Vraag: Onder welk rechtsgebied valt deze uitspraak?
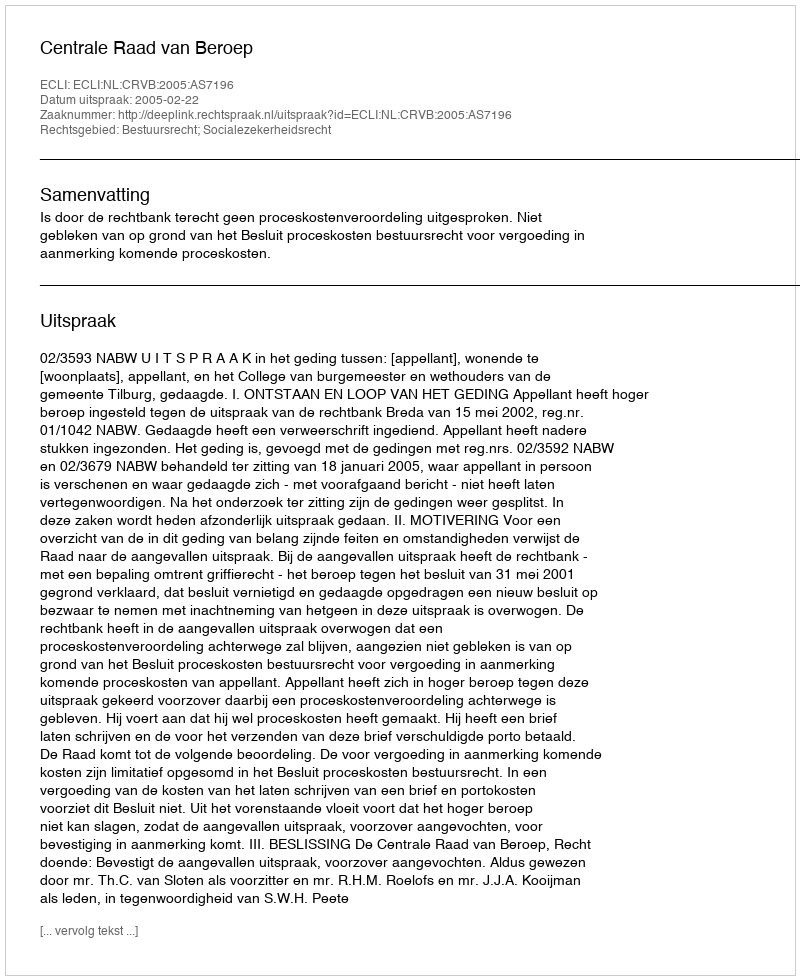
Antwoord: Bestuursrecht; Socialezekerheidsrecht